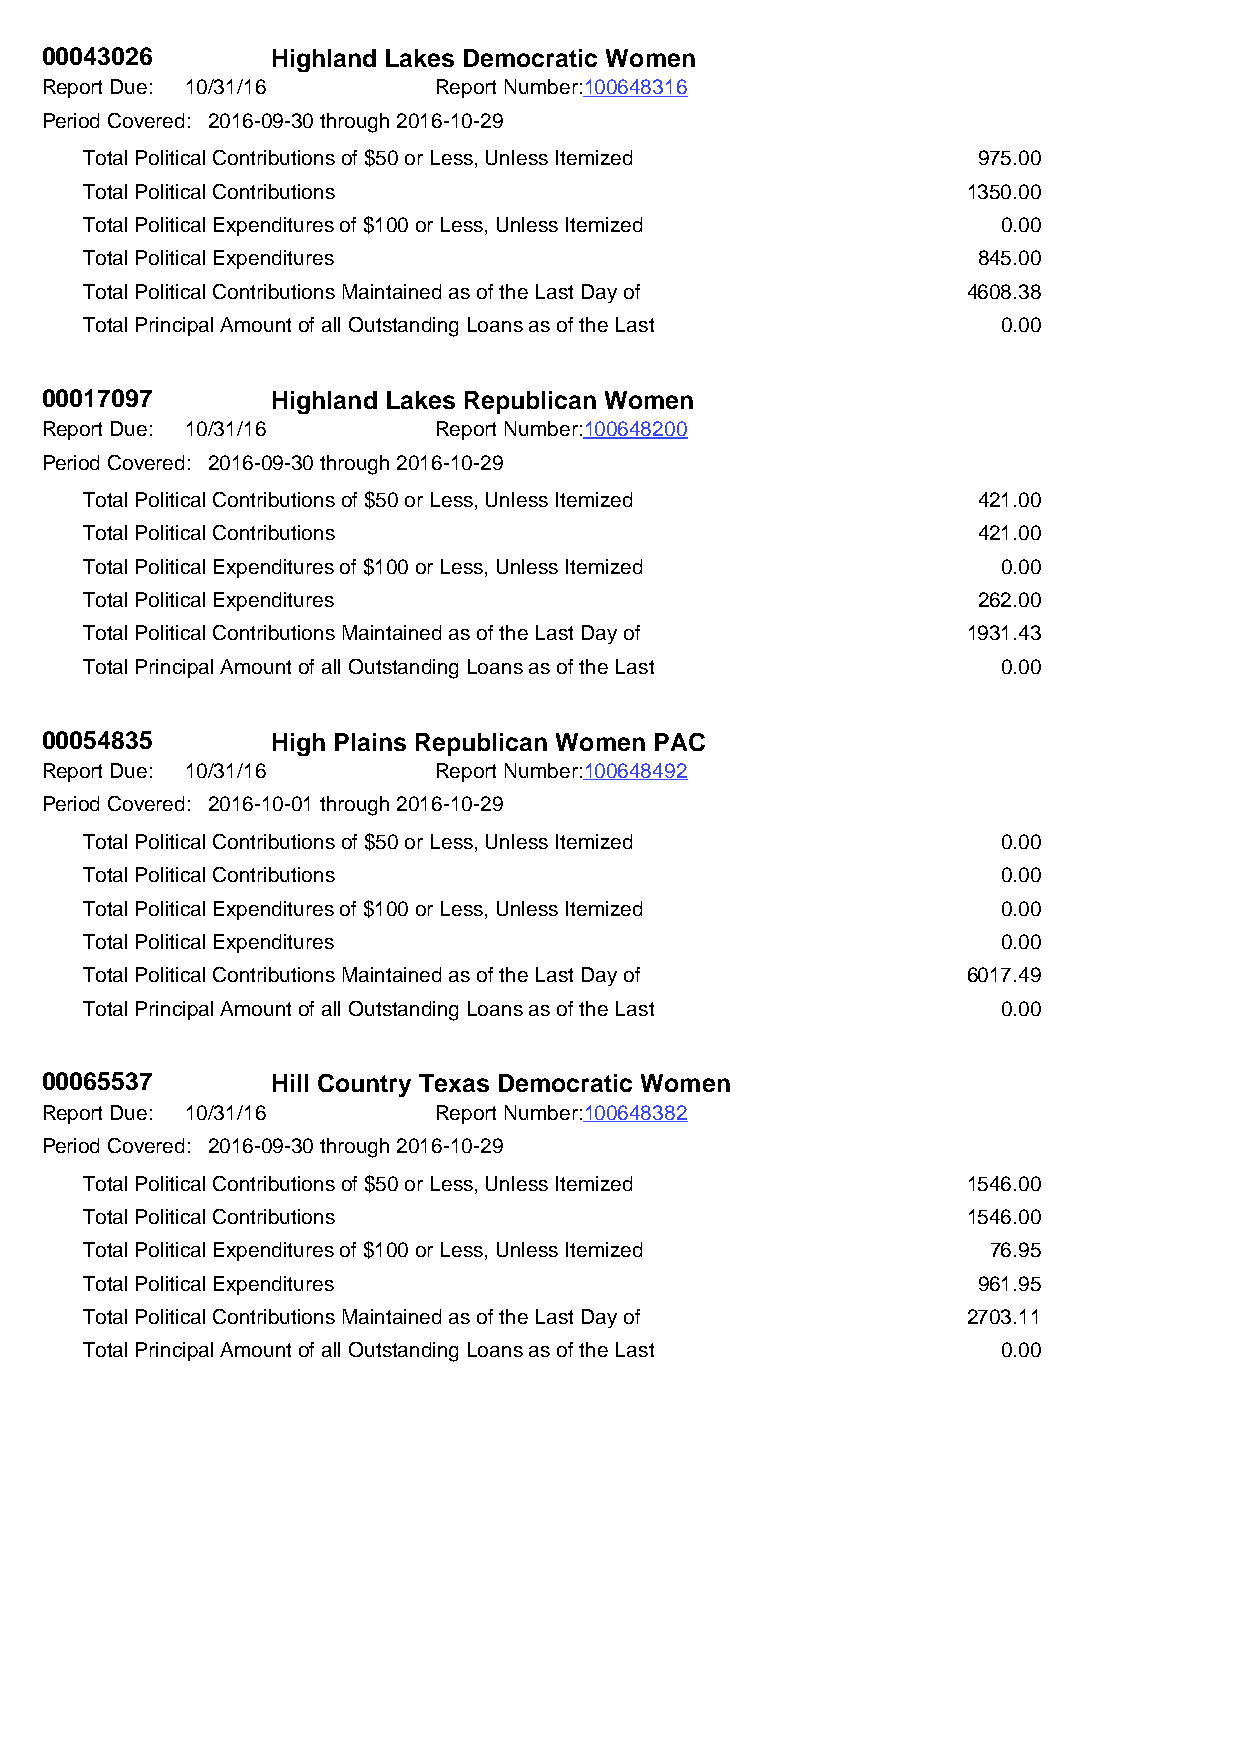
00043026       Highland Lakes Democratic Women
 Report Due: 10/31/16      Report Number:100648316
 Period Covered: 2016-09-30 through 2016-10-29
 Total Political Contributions of $50 or Less, Unless Itemized 975.00
 Total Political Contributions                             1350.00
 Total Political Expenditures of $100 or Less, Unless Itemized 0.00
 Total Political Expenditures                               845.00
 Total Political Contributions Maintained as of the Last Day of 4608.38
 Total Principal Amount of all Outstanding Loans as of the Last 0.00
 00017097       Highland Lakes Republican Women
 Report Due: 10/31/16      Report Number:100648200
 Period Covered: 2016-09-30 through 2016-10-29
 Total Political Contributions of $50 or Less, Unless Itemized 421.00
 Total Political Contributions                              421.00
 Total Political Expenditures of $100 or Less, Unless Itemized 0.00
 Total Political Expenditures                               262.00
 Total Political Contributions Maintained as of the Last Day of 1931.43
 Total Principal Amount of all Outstanding Loans as of the Last 0.00
 00054835       High Plains Republican Women PAC
 Report Due: 10/31/16      Report Number:100648492
 Period Covered: 2016-10-01 through 2016-10-29
 Total Political Contributions of $50 or Less, Unless Itemized 0.00
 Total Political Contributions                               0.00
 Total Political Expenditures of $100 or Less, Unless Itemized 0.00
 Total Political Expenditures                                0.00
 Total Political Contributions Maintained as of the Last Day of 6017.49
 Total Principal Amount of all Outstanding Loans as of the Last 0.00
 00065537       Hill Country Texas Democratic Women
 Report Due: 10/31/16      Report Number:100648382
 Period Covered: 2016-09-30 through 2016-10-29
 Total Political Contributions of $50 or Less, Unless Itemized 1546.00
 Total Political Contributions                             1546.00
 Total Political Expenditures of $100 or Less, Unless Itemized 76.95
 Total Political Expenditures                               961.95
 Total Political Contributions Maintained as of the Last Day of 2703.11
 Total Principal Amount of all Outstanding Loans as of the Last 0.00